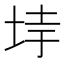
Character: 𡋌